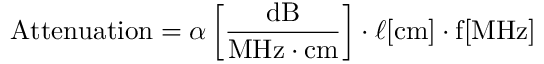
{ \mathrm { A t t e n u a t i o n } } = \alpha \left[ { \frac { \mathrm { d B } } { { \mathrm { M H z } } \cdot { \mathrm { c m } } } } \right] \cdot \ell [ { \mathrm { c m } } ] \cdot { \mathrm { f } } [ { \mathrm { M H z } } ]